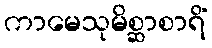
ကာမေသုမိစ္ဆာစာရိံ